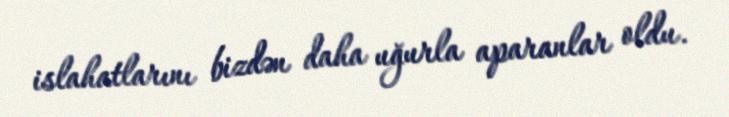
islahatlarını bizdən daha uğurla aparanlar oldu.